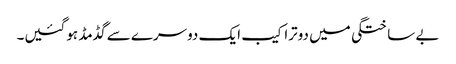
بے ساختگی میں دوتراکیب ایک دوسرے سے گڈمڈ ہوگئیں۔